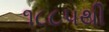
૧૮૮૫થી